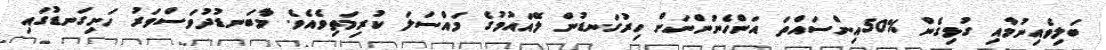
ބަލިވެއިނުމާއި ގުޅިގެން %50އިންސައްތަ އަންހެނުންނަށް ހިރުގަނޑުން ލޭއައުމުގެ މައްސަލަ ކުރިމަތިވެއެވެ. މާބަނޑުދުވަސްވަރު ހަށިގަނޑުގައި